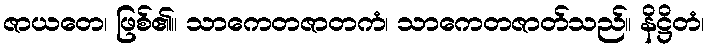
ဇာယတေ၊ ဖြစ်၏။ သာကေတဇာတကံ၊ သာကေတဇာတ်သည်။ နိဋ္ဌိတံ၊